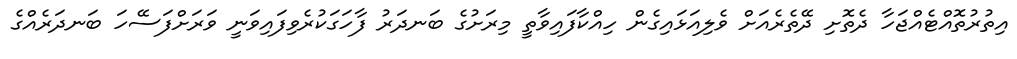
އިތުރުތޮއްޓެއްޖަހާ ދެތޮށި ދޭތެރެއަށް ވެލިއަޅައިގެން ހިއްކާފައިވާތީ މިރަށުގެ ބަނދަރު ފާހަގަކުރެވިފައިވަނީ ވަރަށްފަސޭހަ ބަނދަރެއްގެ